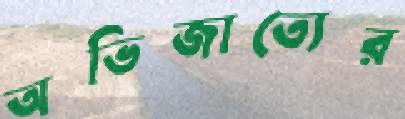
অভিজাত্যের